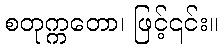
စတုက္ကတော၊ ဖြင့်၎င်း။